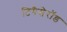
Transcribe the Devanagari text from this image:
टिगैसेरॉड